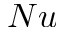
N u